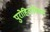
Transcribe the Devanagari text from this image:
पुरोहितांशिवाय